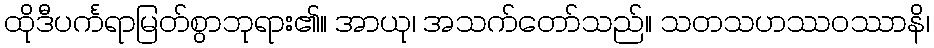
ထိုဒီပင်္ကရာမြတ်စွာဘုရား၏။ အာယု၊ အသက်တော်သည်။ သတသဟဿဝဿာနိ၊